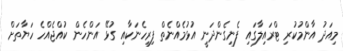
މިއަދު އާންމުކުރި ޓްރައިލާގައި ފެނިގެންދަނީ އުޅުމެއްނެތް ފިރިހެނަކާއި ގުޅޭ އަންހެން ކުއްޖެއްހެ ހަޔާތަށް